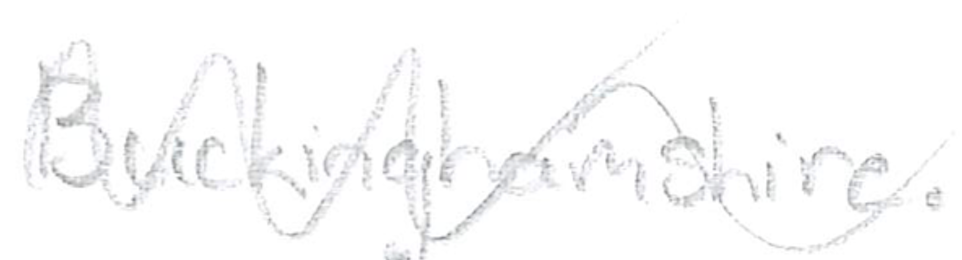
Text: Buckinghamshire.
Cross-out: mix
Writing tool: pencil